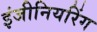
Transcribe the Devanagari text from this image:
इंजीनियरिंग